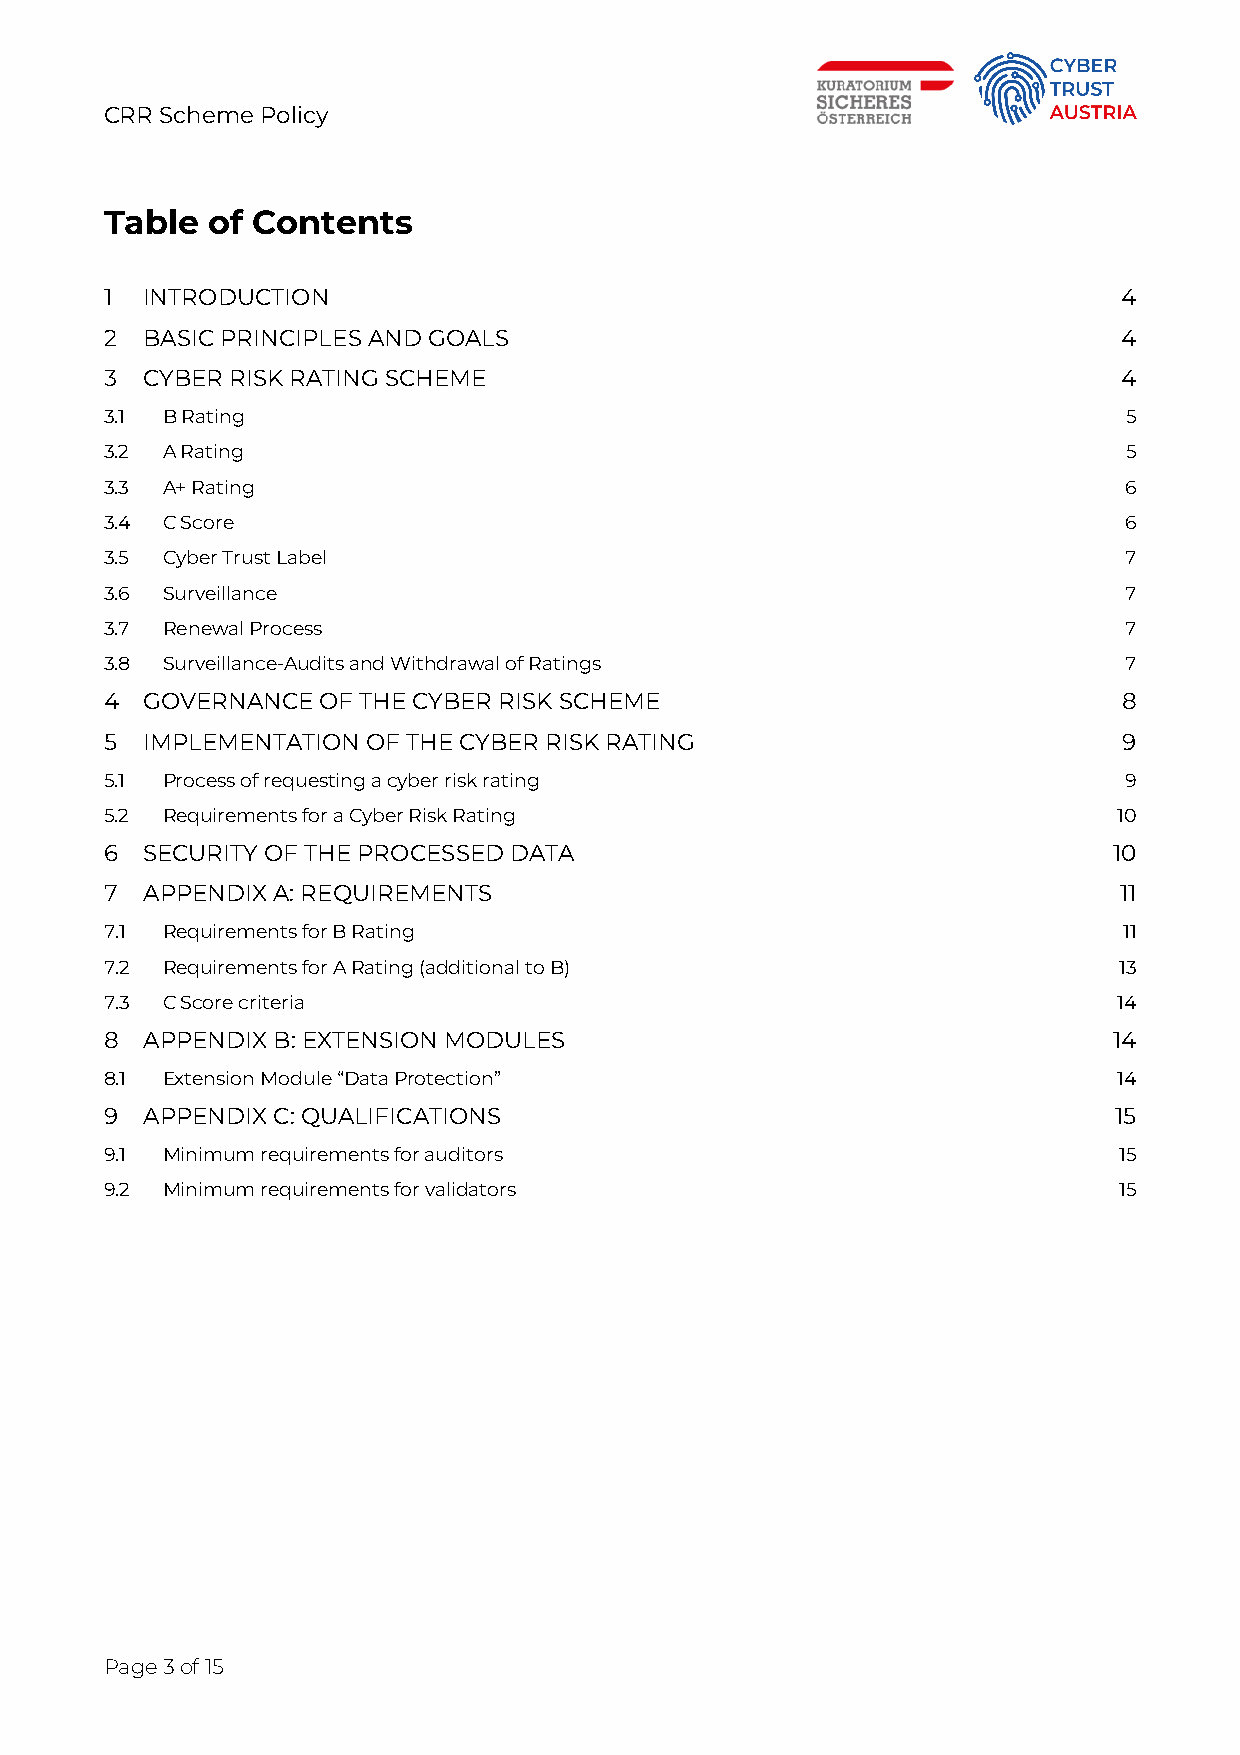
CRR Scheme Policy
 Table  of Contents
 1 INTRODUCTION                                                     4
 2 BASIC PRINCIPLES AND GOALS                                       4
 3 CYBER RISK RATING SCHEME                                         4
 3.1 B Rating                                                        5
 3.2 A Rating                                                        5
 3.3 A+ Rating                                                      6
 3.4 C Score                                                        6
 3.5 Cyber Trust Label                                              7
 3.6 Surveillance                                                   7
 3.7 Renewal Process                                                7
 3.8 Surveillance-Audits and Withdrawal of Ratings                  7
 4 GOVERNANCE  OF THE CYBER RISK SCHEME                             8
 5 IMPLEMENTATION OF THE CYBER RISK RATING                          9
 5.1 Process of requesting a cyber risk rating                      9
 5.2 Requirements for a Cyber Risk Rating                           10
 6 SECURITY OF THE PROCESSED DATA                                   10
 7 APPENDIX A: REQUIREMENTS                                         11
 7.1 Requirements for B Rating                                      11
 7.2 Requirements for A Rating (additional to B)                    13
 7.3 C Score criteria                                               14
 8 APPENDIX B: EXTENSION MODULES                                    14
 8.1 Extension Module “Data Protection”                             14
 9 APPENDIX C: QUALIFICATIONS                                       15
 9.1 Minimum requirements for auditors                              15
 9.2 Minimum requirements for validators                            15
 Page 3 of 15